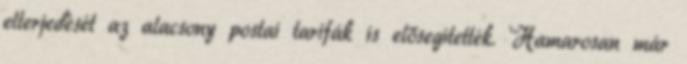
elterjedését az alacsony postai tarifák is elősegítették. Hamarosan már